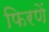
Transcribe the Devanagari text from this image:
फिरणें